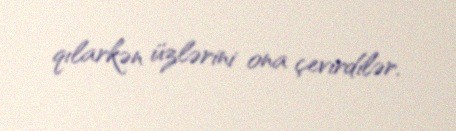
qılarkən üzlərini ona çevirdilər.